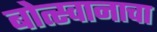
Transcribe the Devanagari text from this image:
बोत्स्वानाचा